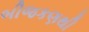
બીજકણથી